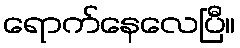
ရောက်နေလေပြီ။